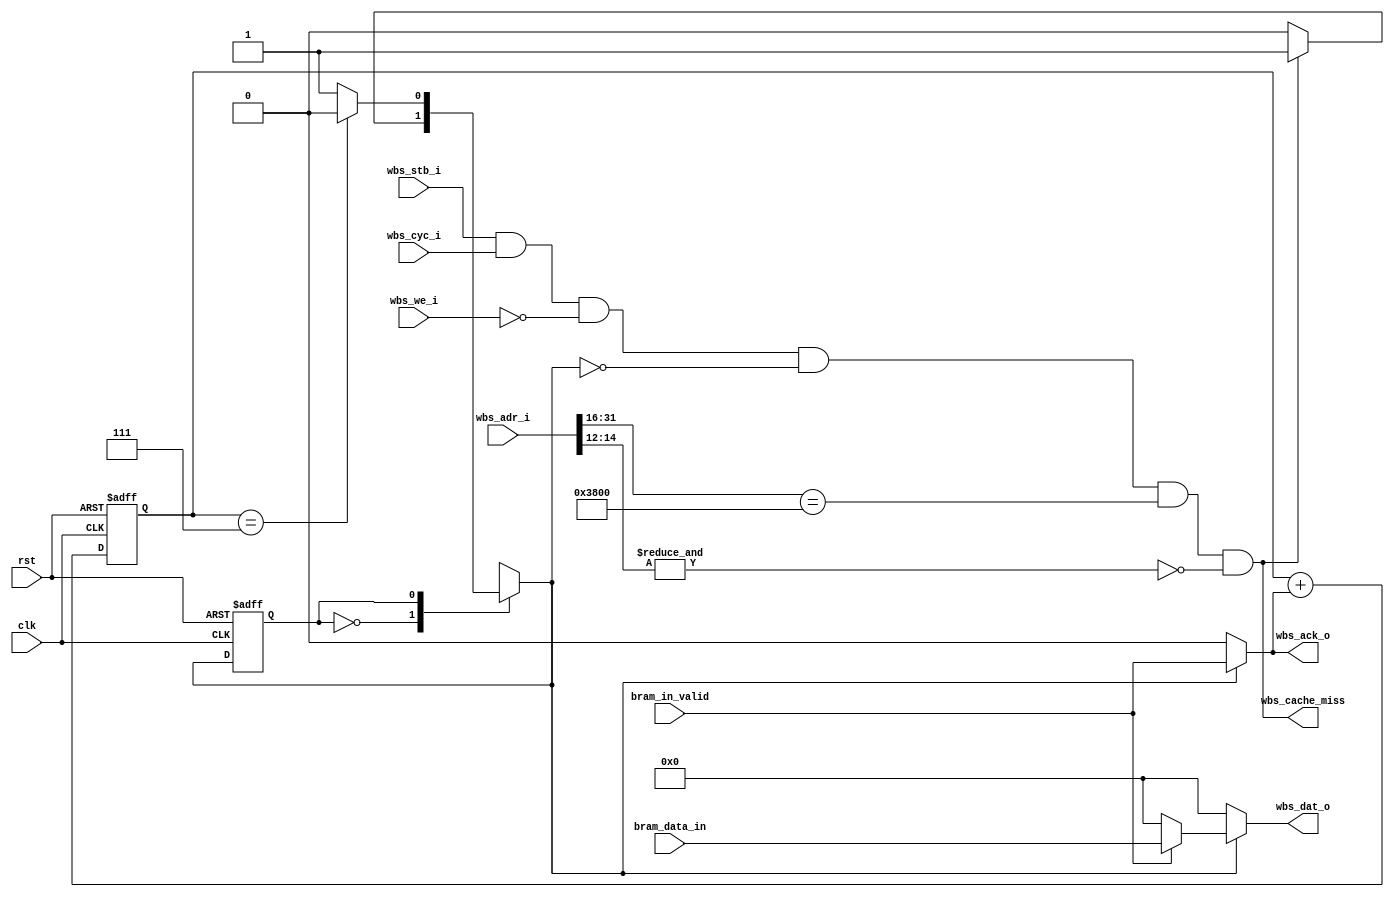
module instru_cache #(
    parameter CPU_Burst_Read_Lenght = 7 /*8-1*/
)(
    /* From system */
    input clk ,
    input rst ,

    /* From CPU */
    input wbs_stb_i ,
    input wbs_cyc_i ,
    input wbs_we_i ,
    // input [3:0] wbs_sel_i ,
    // input [31:0] wbs_dat_i ,
    input [31:0] wbs_adr_i ,
    
    /* To CPU */
    output wbs_ack_o ,
    output [31:0] wbs_dat_o ,

    /* To Arbiter */
    output wbs_cache_miss ,

    /* From BRAM Controller */
    input [31:0] bram_data_in ,
    input bram_in_valid //

);
wire valid ;
assign valid = wbs_stb_i & wbs_cyc_i ;

/*---------------------------------------------------------------------------*/
/* output_counter */
reg [2:0] output_counter ;
always @(posedge clk or posedge rst) begin
    if (rst) begin
        output_counter <= 0 ;
    end else begin
        output_counter <= output_counter + wbs_ack_o ;
    end
end

/*---------------------------------------------------------------------------*/
/* n_empty */
reg n_empty ;
always @(posedge clk or posedge rst) begin
    if (rst) begin
        n_empty <= 0 ;
    end else begin
        n_empty <= (bram_in_valid) ? (1) : (n_empty) ;
    end
end


/*---------------------------------------------------------------------------*/
/* Addr Origin */
reg [9:0] addr_origin ;
always @(posedge bram_in_valid) begin
    addr_origin <=  wbs_adr_i[14:5] ;
end

/*---------------------------------------------------------------------------*/
/* HIT and MISS */
wire HIT , MISS ;
assign wbs_cache_miss = MISS ;
assign MISS = valid & ~wbs_we_i & ~cache_state_d & (wbs_adr_i [31:16]==16'h3800) & ~(&wbs_adr_i[14:12]) ;
assign HIT = n_empty & (addr_origin == wbs_adr_i[14:5]) & valid & ~wbs_we_i ;

/*---------------------------------------------------------------------------*/
/* FSM */
localparam  IDLE = 1'd0 ,
            READ = 1'd1 ; // CPU Read data from cache 
reg cache_state_q , cache_state_d ; 
always @(posedge clk or posedge rst) begin
    if (rst) begin
        cache_state_q <= 0 ; 
    end else begin  
        cache_state_q <= cache_state_d ;
    end
end
always @(*) begin
    case (cache_state_q)
        IDLE : begin
            cache_state_d = (MISS) ? (READ):(IDLE);
        end 
        READ : begin
            cache_state_d = ( output_counter == CPU_Burst_Read_Lenght ) ? (IDLE):(READ);
        end
        default : begin
            cache_state_d = IDLE;
        end 
    endcase
end

reg wbs_ack_o_d ;
reg [31:0] wbs_dat_o_d ;
assign wbs_ack_o = wbs_ack_o_d ;
assign wbs_dat_o = wbs_dat_o_d ;
always @(*) begin
    if (cache_state_d) begin
        wbs_ack_o_d = bram_in_valid ;
        wbs_dat_o_d = (bram_in_valid)?bram_data_in:(0) ; 
    end else begin
        wbs_ack_o_d = 0 ;
        wbs_dat_o_d = 0 ;
    end
end

    
endmodule